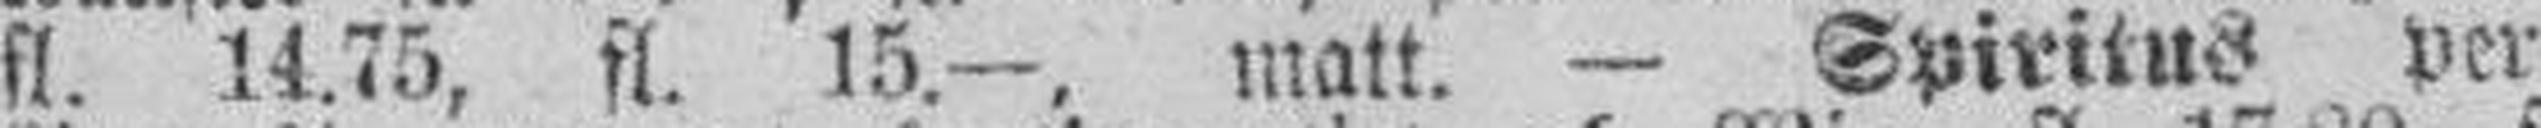
fl. 14.75, fl. 15.—, matt. — Spiritus per 10.000